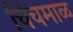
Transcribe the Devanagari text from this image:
चिंचमाळ